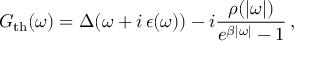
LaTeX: G _ { \mathrm { t h } } ( \omega ) = \Delta ( \omega + i \, \epsilon ( \omega ) ) - i \frac { \rho ( | \omega | ) } { e ^ { \beta | \omega | } - 1 } \, ,